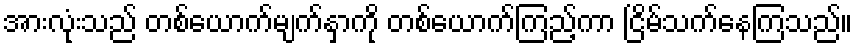
အားလုံးသည် တစ်ယောက်မျက်နှာကို တစ်ယောက်ကြည့်ကာ ငြိမ်သက်နေကြသည်။